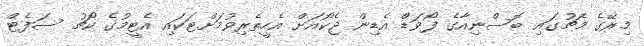
މިރޭގެ މެޗުގައި ބޮސްނިއާގެ ފޯވަޑް އެޑިން ޖެކޯއަށް އެހީތެރިވުމަށްޓަކައި އެޓީމުގެ ކޯޗު ސަފެޓް